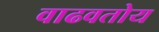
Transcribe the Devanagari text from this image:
वाढवतोय